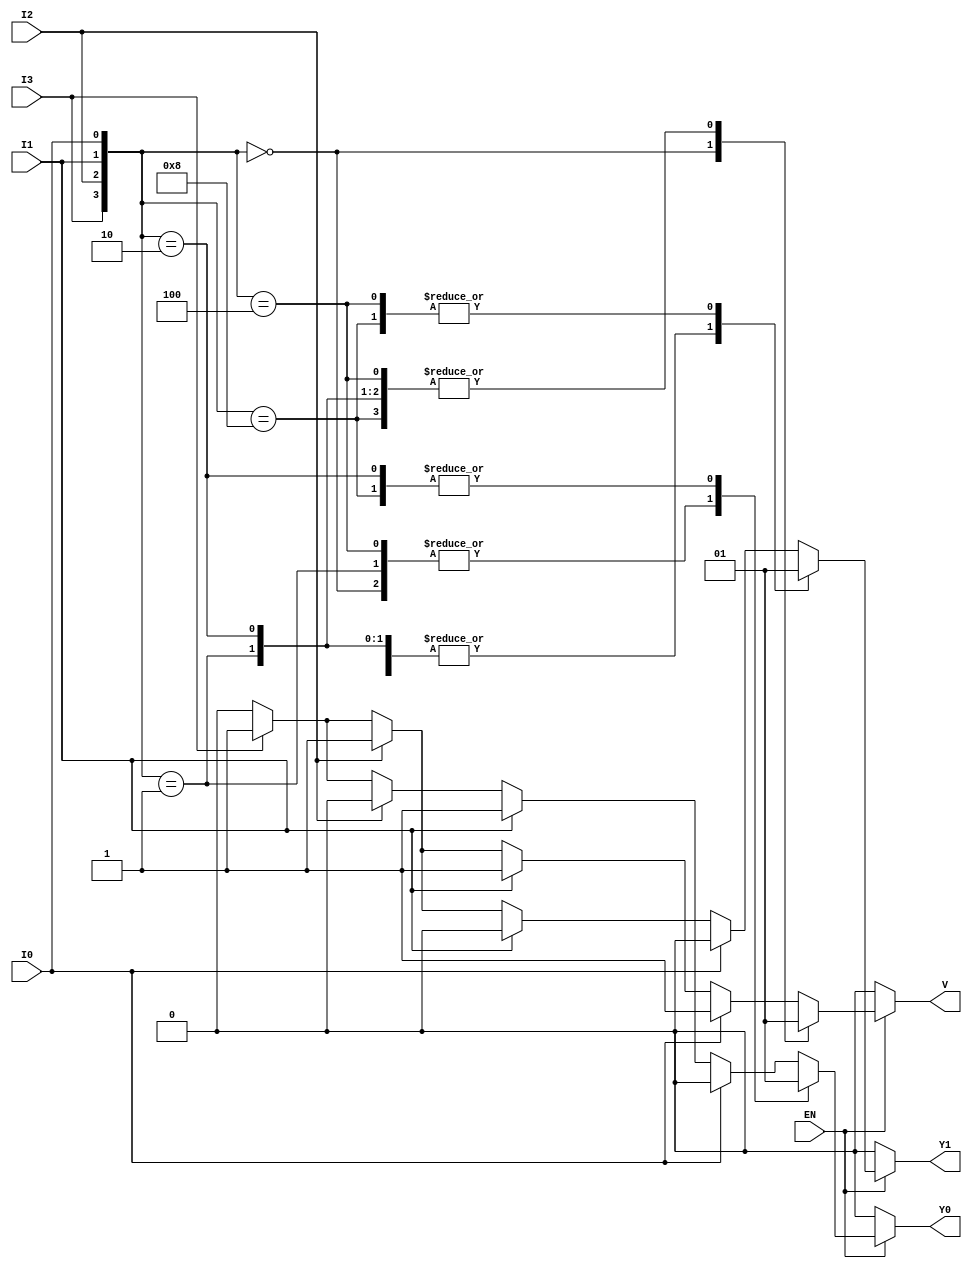
module priority_encoder_4to2 (
    input wire EN,      // Enable signal
    input wire I0,     // Input 0 (highest priority)
    input wire I1,     // Input 1
    input wire I2,     // Input 2
    input wire I3,     // Input 3 (lowest priority)
    output reg Y1,     // Output bit 1
    output reg Y0,     // Output bit 0
    output reg V       // Valid output signal
);
    
    // Combinational logic for priority encoding
    always @(*) begin
        if (!EN) begin
            // When enable is low, outputs are defined state
            Y1 = 0;
            Y0 = 0;
            V = 0;
        end else begin
            // When enable is high, evaluate the inputs
            case ({I3, I2, I1, I0}) // Concatenate inputs for case statement
                4'b0000: begin // No inputs are active
                    Y1 = 0;
                    Y0 = 0;
                    V = 0;
                end
                4'b0001: begin // I0 is active
                    Y1 = 0;
                    Y0 = 0;
                    V = 1;
                end
                4'b0010: begin // I1 is active
                    Y1 = 0;
                    Y0 = 1;
                    V = 1;
                end
                4'b0100: begin // I2 is active
                    Y1 = 1;
                    Y0 = 0;
                    V = 1;
                end
                4'b1000: begin // I3 is active
                    Y1 = 1;
                    Y0 = 1;
                    V = 1;
                end
                default: begin
                    // For any other combination (multiple inputs active),
                    // fallback to the highest priority input 
                    if (I0) begin
                        Y1 = 0; Y0 = 0; V = 1;
                    end else if (I1) begin
                        Y1 = 0; Y0 = 1; V = 1;
                    end else if (I2) begin
                        Y1 = 1; Y0 = 0; V = 1;
                    end else if (I3) begin
                        Y1 = 1; Y0 = 1; V = 1;
                    end else begin
                        // This case shouldn't happen due to the default case
                        Y1 = 0; Y0 = 0; V = 0;
                    end
                end
            endcase
        end
    end

endmodule